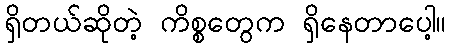
ရှိတယ်ဆိုတဲ့ ကိစ္စတွေက ရှိနေတာပေါ့။